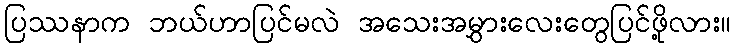
ပြဿနာက ဘယ်ဟာပြင်မလဲ အသေးအမွှားလေးတွေပြင်ဖို့လား။